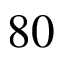
8 0